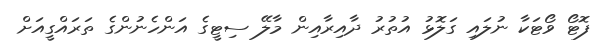
ފޮޓޯ ވޯޓަކާ ނުލައި ގަލޮޅު އުތުރު ދާއިރާއިން މާލޭ ސިޓީގެ އަންހެނުންގެ ތަރައްގީއަށް